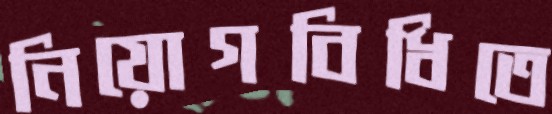
নিয়োগবিধিতে